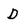
Character: D